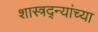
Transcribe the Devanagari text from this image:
शास्त्रद्न्यांच्या